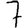
Digit: 7